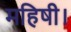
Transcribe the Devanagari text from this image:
महिषी।